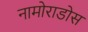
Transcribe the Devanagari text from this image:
नामोराडोस